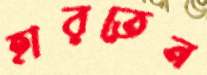
হারতেন